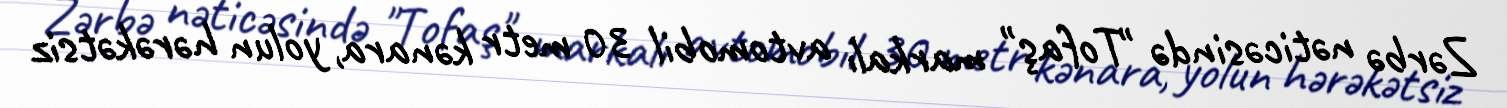
Zərbə nəticəsində "Tofaş" markalı avtomobil 30 metr kənara, yolun hərəkətsiz